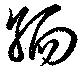
緬